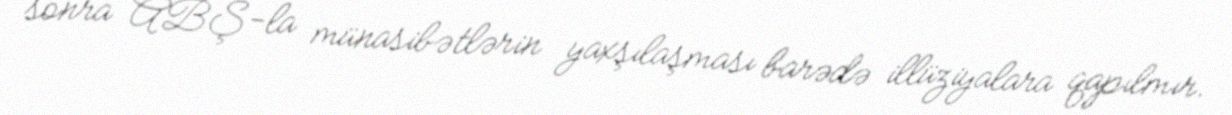
sonra ABŞ-la münasibətlərin yaxşılaşması barədə illüziyalara qapılmır.